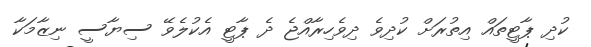
ކުދި ޕާޓީތައް އިތުރަށް ކުދިވެ ދިވެހިރާއްޖެ ދެ ޕާޓީ އެކުލެވޭ ސިޔާސީ ނިޒާމަކާ